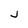
Character: j